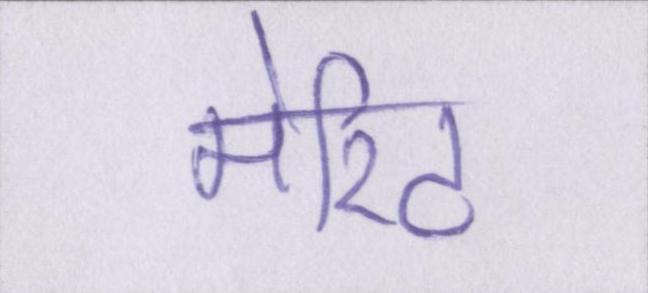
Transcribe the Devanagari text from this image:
मेरिट